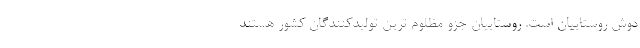
دوش روستاییان است. روستاییان جزو مظلوم ترین تولیدکنندگان کشور هستند